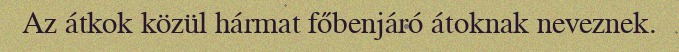
Az átkok közül hármat főbenjáró átoknak neveznek.